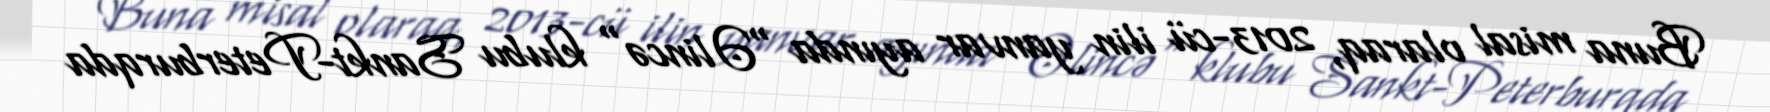
Buna misal olaraq, 2013-cü ilin yanvar ayında "Əlincə" klubu Sankt-Peterburqda